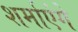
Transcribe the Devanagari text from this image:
शर्माएंगे